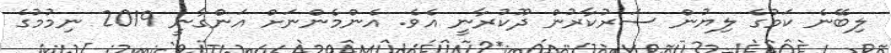
ލިބޭނެ ކަމުގެ ލިޔުން ސަރުކާރުން ދޫކުރާނީ އެވެ. އެންމެންނަށް އަންގާނީ 2019 ނިމުމުގެ